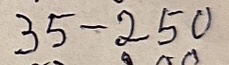
35 - 250